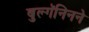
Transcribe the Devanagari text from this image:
बुल्गॅनिनने